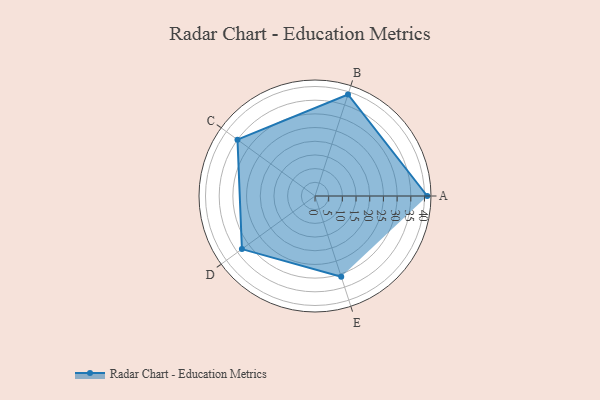
{"axis": {"x": "Skill", "y": "Score"}, "legend": ["Profile"], "data": [{"x": "A", "y": 41.0, "type": "Profile"}, {"x": "B", "y": 39.0, "type": "Profile"}, {"x": "C", "y": 35.0, "type": "Profile"}, {"x": "D", "y": 33.0, "type": "Profile"}, {"x": "E", "y": 31.0, "type": "Profile"}]}